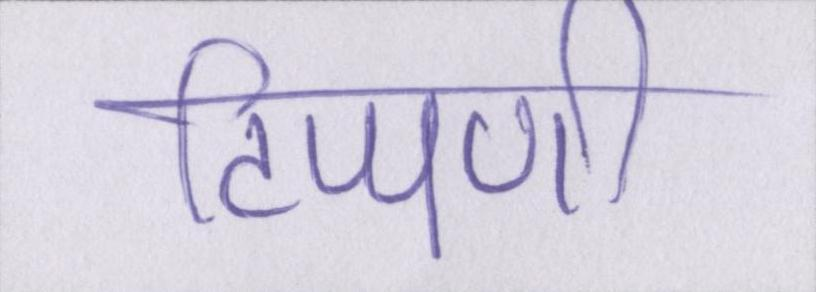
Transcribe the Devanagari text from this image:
टिप्पणी